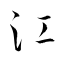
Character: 江